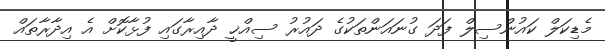
މެޑިކަލް ކައުންސިލް ފަދަ ގުނައަންތަކުގެ ދައުރު ސިއްޚީ ދާއިރާގައި ފުޅާކޮށް އެ އިދާރާތައް